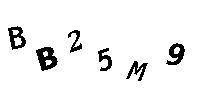
BB25M9